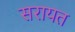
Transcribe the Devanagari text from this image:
सरायत